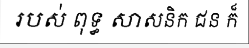
របស់ ពុទ្ធ សាសនិក ជន ក៏